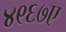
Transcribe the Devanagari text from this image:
४९६७ए